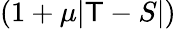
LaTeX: (1+\mu|\mathsf{T}-S|)